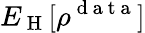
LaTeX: E_{\mathrm{~H~}}[\rho^{\mathrm{~d~a~t~a~}}]